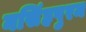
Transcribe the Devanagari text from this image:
नसिंहपुरम